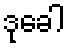
ဒုခေါ